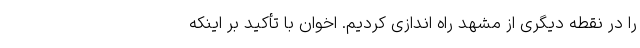
را در نقطه دیگری از مشهد راه اندازی کردیم. اخوان با تأکید بر اینکه